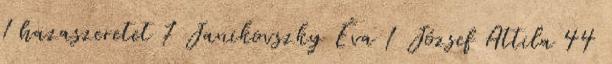
1 hazaszeretet 7 Janikovszky Éva 1 József Attila 44